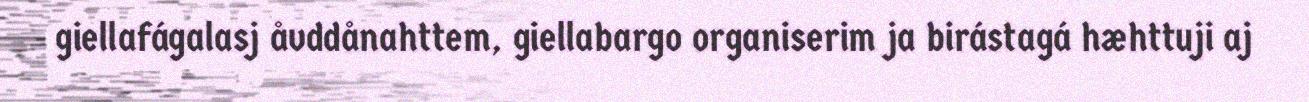
giellafágalasj åvddånahttem, giellabargo organiserim ja birástagá hæhttuji aj